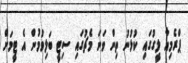
ޕްރެމިއާ ލީގުގައި ކުޅުނު ތިން ވަނަ މެޗުގައި ސިޓީ ބަލިވުމުން އެ ޓީމަށް